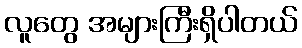
လူတွေ အများကြီးရှိပါတယ်